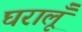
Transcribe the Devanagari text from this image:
घरालूँ